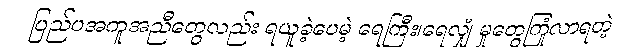
ပြည်ပအကူအညီတွေလည်း ရယူခဲ့ပေမဲ့ ရေကြီး၊ရေလျှံ မှုတွေကြုံလာရတဲ့